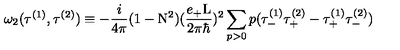
{ \omega } _ { 2 } ( { \tau } ^ { ( 1 ) } , { \tau } ^ { ( 2 ) } ) \equiv - \frac { i } { 4 \pi } ( 1 - \mathrm { N } ^ { 2 } ) ( \frac { e _ { + } \mathrm { L } } { 2 { \pi } { \hbar } } ) ^ { 2 } \sum _ { p > 0 } p ( { \tau } _ { - } ^ { ( 1 ) } { \tau } _ { + } ^ { ( 2 ) } - { \tau } _ { + } ^ { ( 1 ) } { \tau } _ { - } ^ { ( 2 ) } )